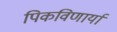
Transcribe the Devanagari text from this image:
पिकविणार्या